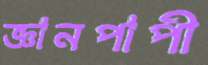
জ্ঞানপাপী